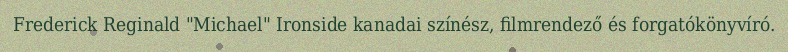
Frederick Reginald "Michael" Ironside kanadai színész, filmrendező és forgatókönyvíró.